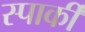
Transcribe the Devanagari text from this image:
स्पार्की